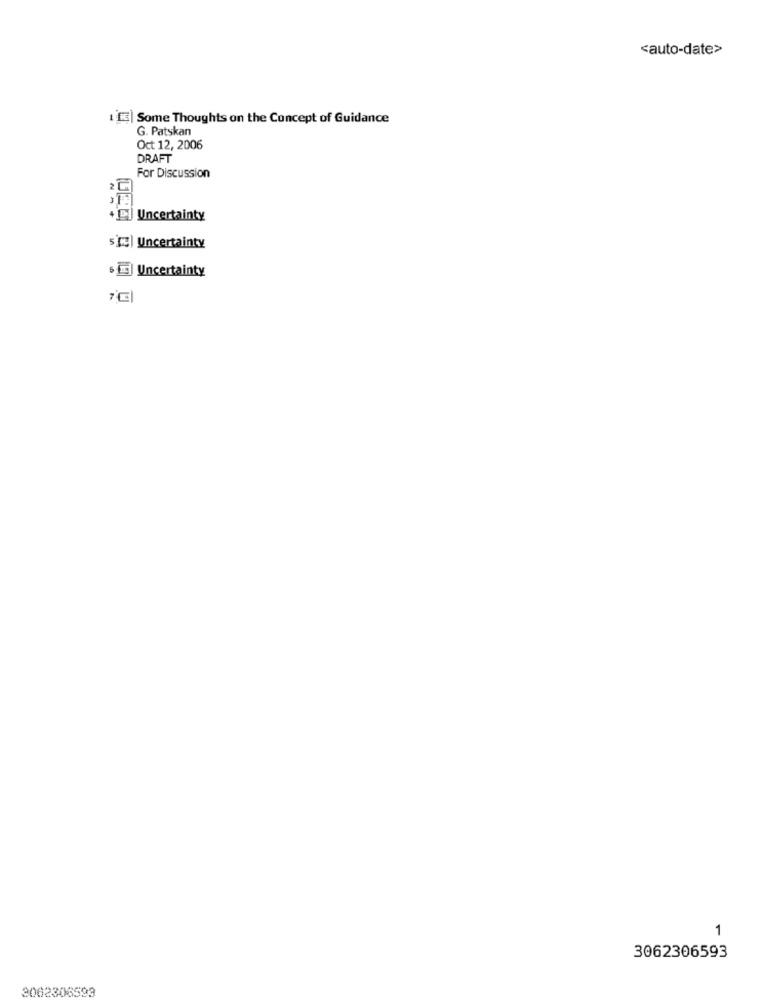
<auto-date>
11) Some Thoughts on the Concept of Guidance
G. Patskan
Oct 12, 2006
DRAFT
For Discussion
2℃
+B] Uncertainty
sice| Uncertainty
6 9| Uncertainty
1
3062306593
3062306599